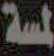
لمسة